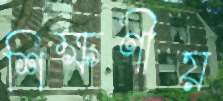
শিক্ষণীয়